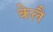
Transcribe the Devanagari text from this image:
केलै